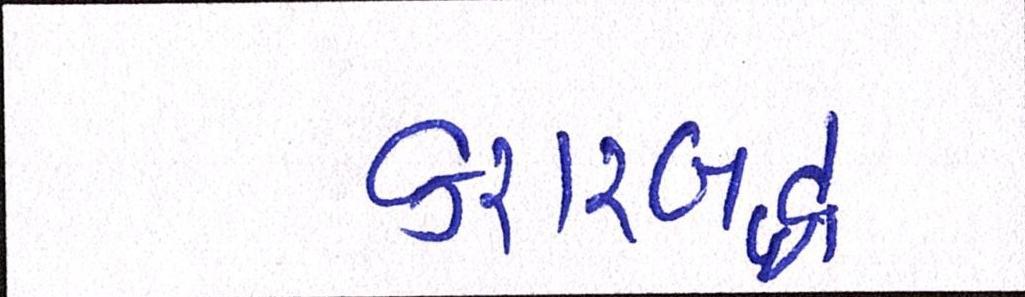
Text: કરારબદ્ધ